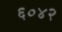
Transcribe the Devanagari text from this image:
६०४२